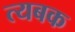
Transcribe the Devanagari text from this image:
त्यबक